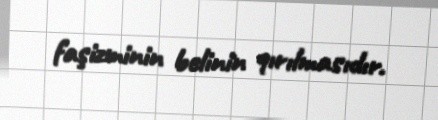
faşizminin belinin qırılmasıdır.